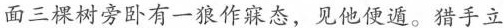
面三棵树旁卧有一狼作寐态，见他便遁。猎手立